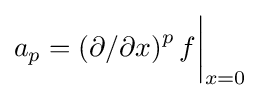
a_{p}=\left(\partial /\partial x\right)^{p}f{\bigg \vert }_{x=0}